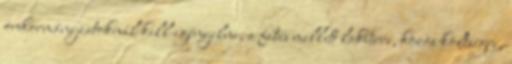
önkormányzatoknál kell igényelni, a fűtés mellett lakbérre, közös költségre,